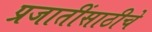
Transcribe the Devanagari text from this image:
प्रजातींसाठीचे